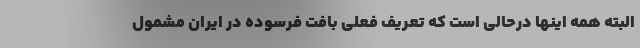
البته همه اینها درحالی است که تعریف فعلی بافت فرسوده در ایران مشمول